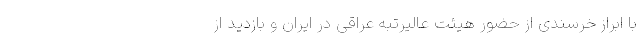
با ابراز خرسندی از حضور هیئت عالیرتبه عراقی در ایران و بازدید از